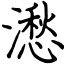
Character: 㵞